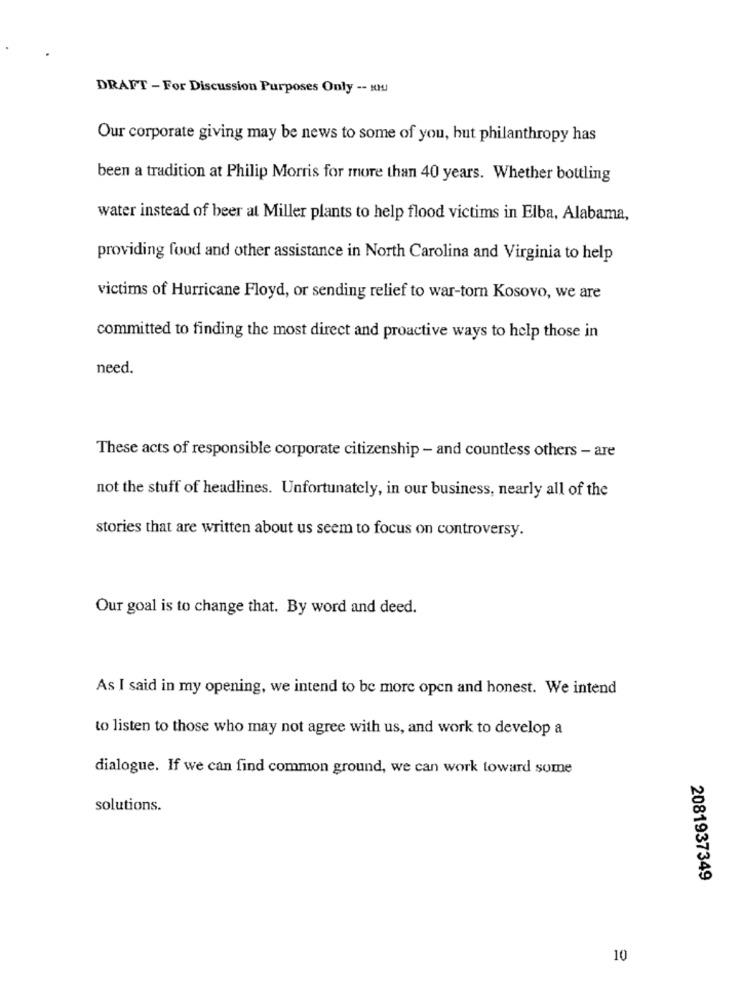
DRAFT - For Discussion Purposes Only -- KHJ
Our corporate giving may be news to some of you, but philanthropy has
been a tradition at Philip Morris for more than 40 years. Whether bottling
water instead of beer at Miller plants to help flood victims in Elba, Alabama,
providing food and other assistance in North Carolina and Virginia to help
victims of Hurricane Floyd, or sending relief to war-torn Kosovo, we are
committed to finding the most direct and proactive ways to help those in
need
These acts of responsible corporate citizenship - and countless others - are
not the stuff of headlines. Unfortunately, in our business, nearly all of the
stories that are written about us seem to focus on controversy.
Our goal is to change that. By word and deed.
As I said in my opening, we intend to be more open and honest. We intend
to listen to those who may not agree with us, and work to develop a
dialogue. If we can find common ground, we can work toward some
solutions.
2081937349
10